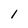
Character: 1